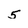
Character: 5